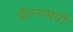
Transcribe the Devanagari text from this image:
चैतन्यमयी